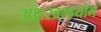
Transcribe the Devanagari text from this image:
अक्षरब्रम्हयोग